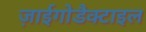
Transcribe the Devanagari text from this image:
ज़ाईगोडैक्टाइल